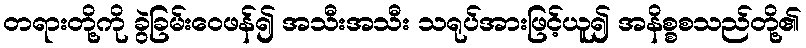
တရားတို့ကို ခွဲခြမ်းဝေဖန်၍ အသီးအသီး သရုပ်အားဖြင့်ယူ၍ အနိစ္စစသည်တို့၏